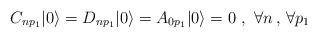
\begin{align*}C_{n p_1} |0\rangle = D_{n p_1} |0 \rangle = A_{0 p_1} |0 \rangle = 0 \ ,\ \forall n \, ,\, \forall p_1\end{align*}